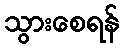
သွားစေရန်